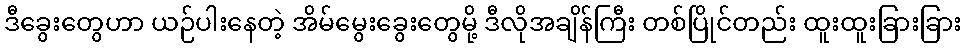
ဒီခွေးတွေဟာ ယဉ်ပါးနေတဲ့ အိမ်မွေးခွေးတွေမို့ ဒီလိုအချိန်ကြီး တစ်ပြိုင်တည်း ထူးထူးခြားခြား